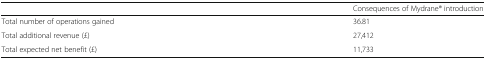
|  | Consequences of Mydrane® introduction |
 | --- | --- |
 | Total number of operations gained | 36.81 |
 | Total additional revenue (£) | 27,412 |
 | Total expected net benefit (£) | 11,733 |